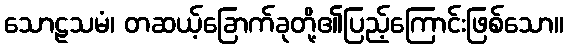
သောဠသမံ၊ တဆယ့်ခြောက်ခုတို့၏ပြည့်ကြောင်းဖြစ်သော။